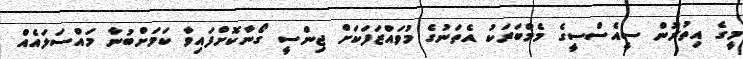
މީގެ އިތުރުން ސީއެސްސީގެ މެމްބަރަކު އެތަނުގެ މުވައްޒަފަކަށް ޖިންސީ ގޯނާކޮށްފައިވާ ކަމަށްބުނާ މައްސަލައެއް